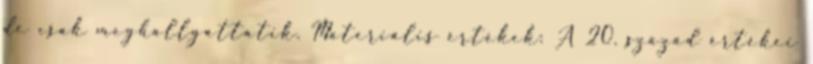
de csak meghallgattatik. Materiális értékek: A 20. század értékei